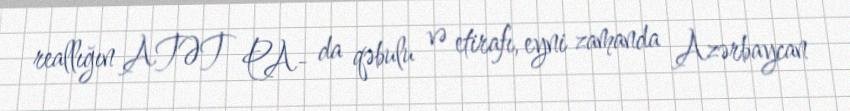
reallığın ATƏT PA- da qəbulu və etirafı, eyni zamanda Azərbaycan